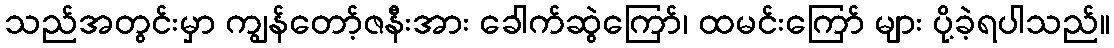
သည်အတွင်းမှာ ကျွန်တော့်ဇနီးအား ခေါက်ဆွဲကြော်၊ ထမင်းကြော် များ ပို့ခဲ့ရပါသည်။